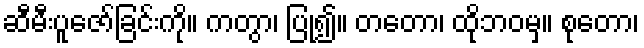
ဆီမီးပူဇော်ခြင်းကို။ ကတွာ၊ ပြု၍။ တတော၊ ထိုဘဝမှ။ စုတော၊